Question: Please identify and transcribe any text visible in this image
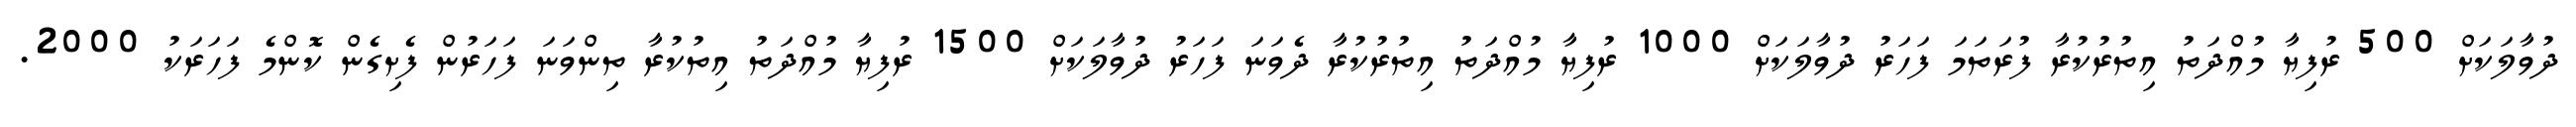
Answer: ދުވާލަކަށް 500 ރުފިޔާ މުއްދަތު އިތުރުކުރާ ފުރަތަމަ ފަހަރު ދުވާލަކަށް 1000 ރުފިޔާ މުއްދަތު އިތުރުކުރާ ދެވަނަ ފަހަރު ދުވާލަކަށް 1500 ރުފިޔާ މުއްދަތު އިތުކުރާ ތިންވަނަ ފަހަރުން ފެށިގެން ކޮންމެ ފަހަރަކު 2000.